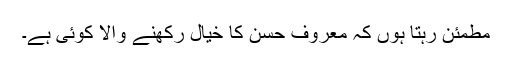
مطمئن رہتا ہوں کہ معروف حسن کا خیال رکھنے والا کوئی ہے۔